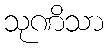
သုဏိသာ